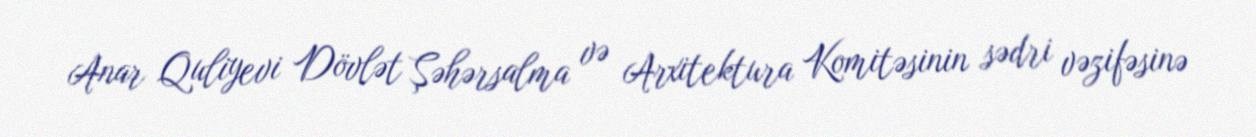
Anar Quliyevi Dövlət Şəhərsalma və Arxitektura Komitəsinin sədri vəzifəsinə